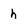
Character: h